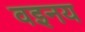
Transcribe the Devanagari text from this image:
वइनय